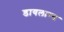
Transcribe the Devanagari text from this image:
डायलाग्स